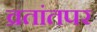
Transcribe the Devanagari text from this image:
व्रतांतपर